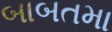
બાબતમા